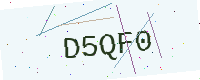
Text: D5QF0